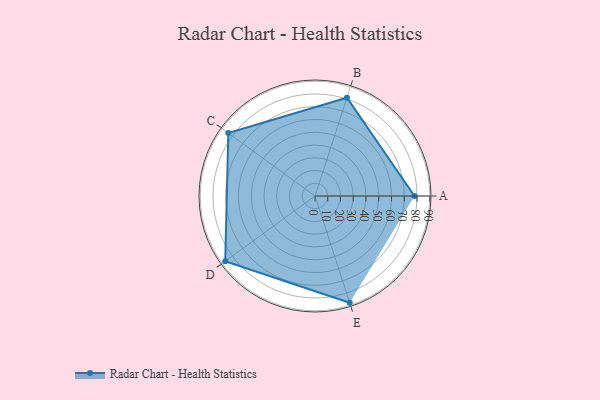
{"axis": {"x": "Skill", "y": "Score"}, "legend": ["Profile"], "data": [{"x": "A", "y": 78.0, "type": "Profile"}, {"x": "B", "y": 81.0, "type": "Profile"}, {"x": "C", "y": 84.0, "type": "Profile"}, {"x": "D", "y": 87.0, "type": "Profile"}, {"x": "E", "y": 88.0, "type": "Profile"}]}